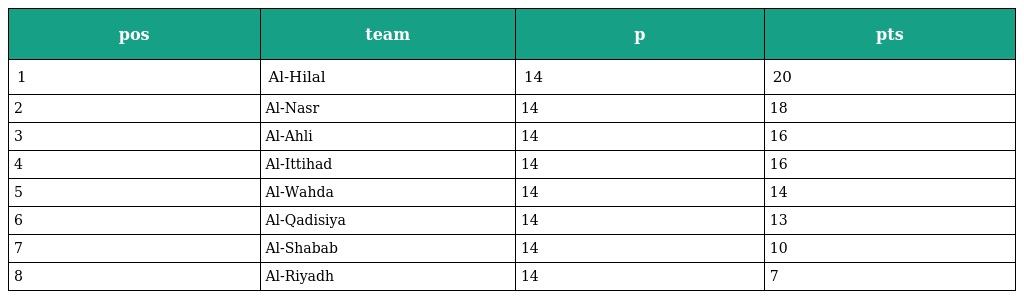
| pos | team | p | pts |
 | --- | --- | --- | --- |
 | 1 | Al-Hilal | 14 | 20 |
 | 2 | Al-Nasr | 14 | 18 |
 | 3 | Al-Ahli | 14 | 16 |
 | 4 | Al-Ittihad | 14 | 16 |
 | 5 | Al-Wahda | 14 | 14 |
 | 6 | Al-Qadisiya | 14 | 13 |
 | 7 | Al-Shabab | 14 | 10 |
 | 8 | Al-Riyadh | 14 | 7 |